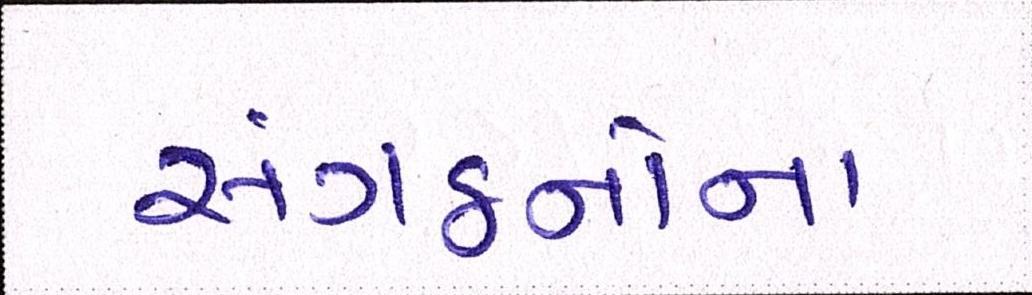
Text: સંગઠનોના